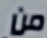
من